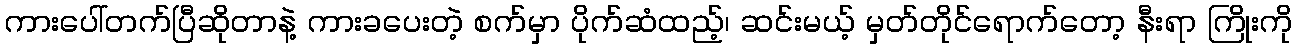
ကားပေါ်တက်ပြီဆိုတာနဲ့ ကားခပေးတဲ့ စက်မှာ ပိုက်ဆံထည့်၊ ဆင်းမယ့် မှတ်တိုင်ရောက်တော့ နီးရာ ကြိုးကို